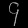
Digit: ၄